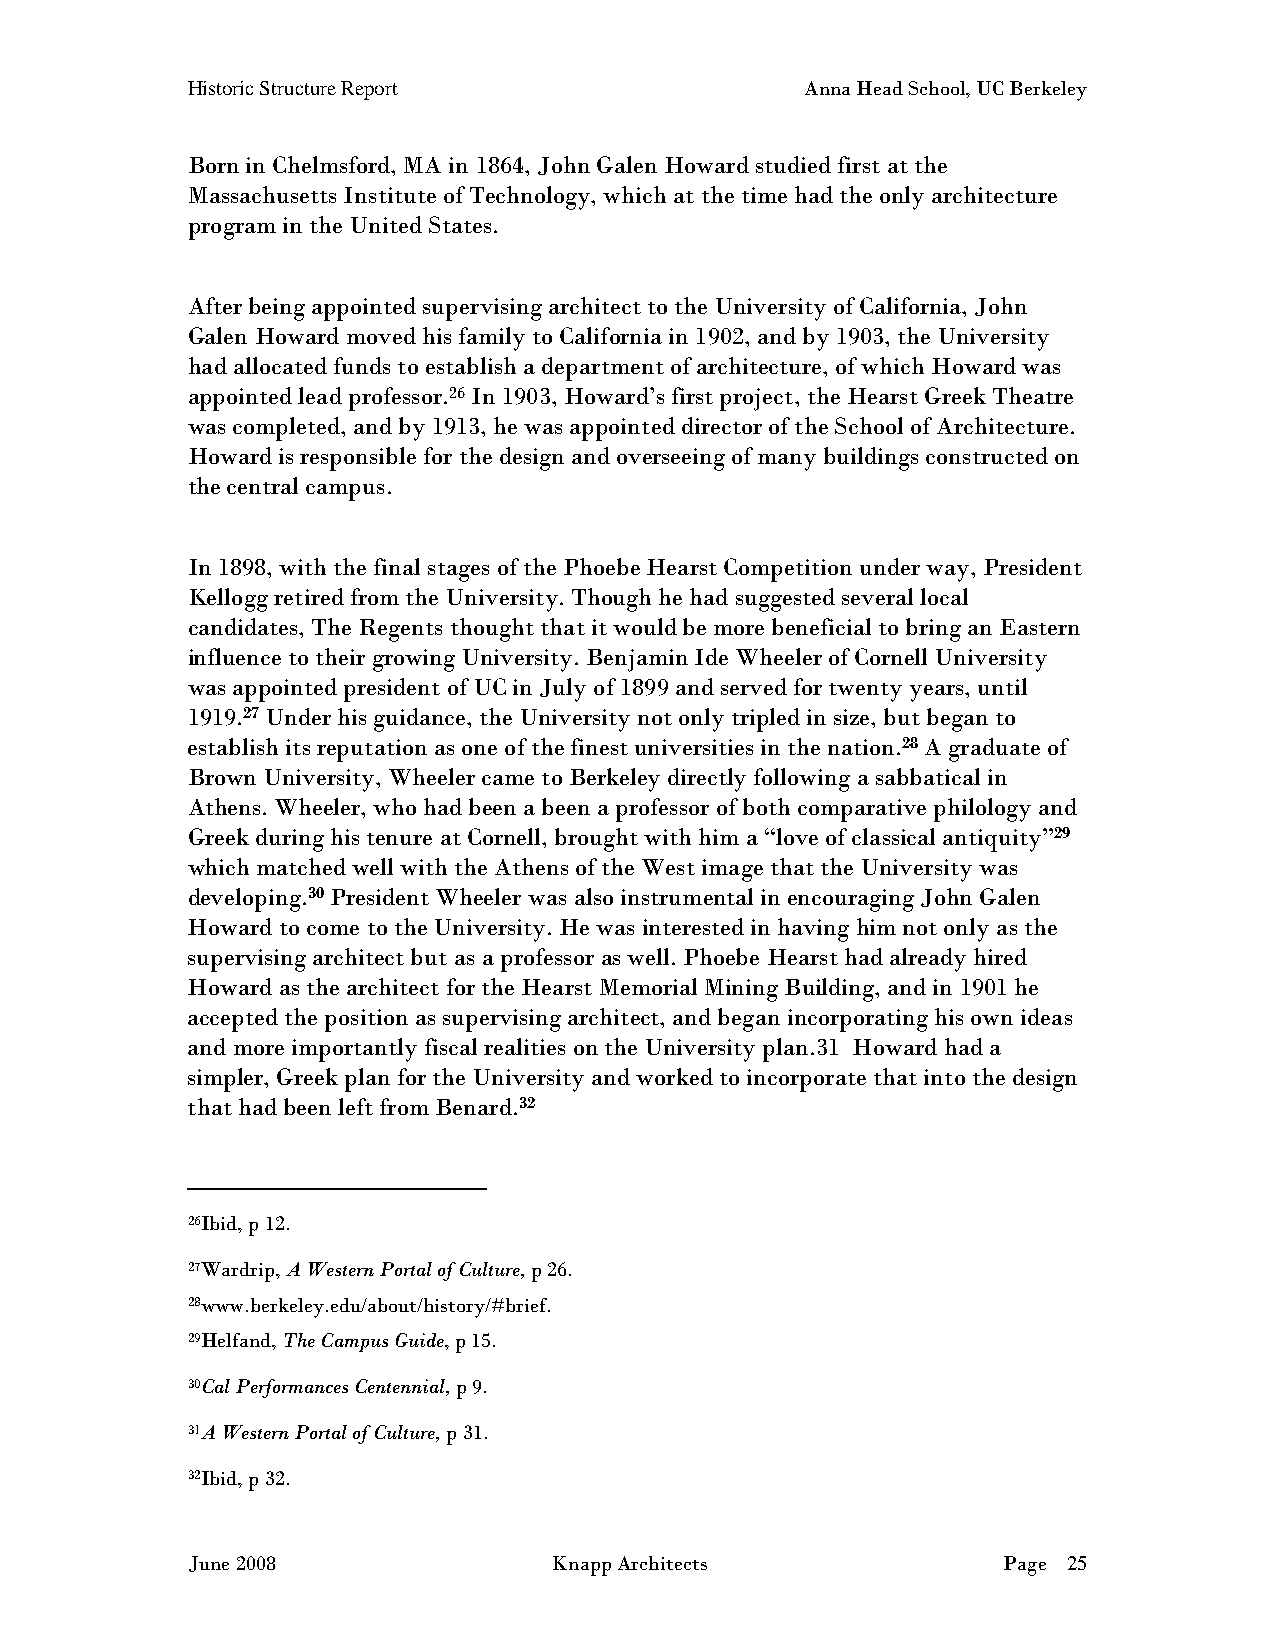
Historic Structure Report                Anna Head School, UC Berkeley
 Born in Chelmsford, MA in 1864, John Galen Howard studied first at the
 Massachusetts Institute of Technology, which at the time had the only architecture
 program in the United States.
 After being appointed supervising architect to the University of California, John
 Galen Howard moved his family to California in 1902, and by 1903, the University
 had allocated funds to establish a department of architecture, of which Howard was
 appointed lead professor.26 In 1903, Howard’s first project, the Hearst Greek Theatre
 was completed, and by 1913, he was appointed director of the School of Architecture.
 Howard is responsible for the design and overseeing of many buildings constructed on
 the central campus.
 In 1898, with the final stages of the Phoebe Hearst Competition under way, President
 Kellogg retired from the University. Though he had suggested several local
 candidates, The Regents thought that it would be more beneficial to bring an Eastern
 influence to their growing University. Benjamin Ide Wheeler of Cornell University
 was appointed president of UC in July of 1899 and served for twenty years, until
 1919.27 Under his guidance, the University not only tripled in size, but began to
 establish its reputation as one of the finest universities in the nation.28 A graduate of
 Brown University, Wheeler came to Berkeley directly following a sabbatical in
 Athens. Wheeler, who had been a been a professor of both comparative philology and
 Greek during his tenure at Cornell, brought with him a “love of classical antiquity”29
 which matched well with the Athens of the West image that the University was
 developing.30 President Wheeler was also instrumental in encouraging John Galen
 Howard to come to the University. He was interested in having him not only as the
 supervising architect but as a professor as well. Phoebe Hearst had already hired
 Howard as the architect for the Hearst Memorial Mining Building, and in 1901 he
 accepted the position as supervising architect, and began incorporating his own ideas
 and more importantly fiscal realities on the University plan.31 Howard had a
 simpler, Greek plan for the University and worked to incorporate that into the design
 that had been left from Benard.32
 26Ibid, p 12.
 27Wardrip, A Western Portal of Culture, p 26.
 28www.berkeley.edu/about/history/#brief.
 29Helfand, The Campus Guide, p 15.
 30Cal Performances Centennial, p 9.
 31A Western Portal of Culture, p 31.
 32Ibid, p 32.
 June 2008                Knapp Architects             Page 25